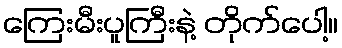
ကြေးမီးပူကြီးနဲ့ တိုက်ပေါ့။